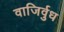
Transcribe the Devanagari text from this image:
वाजिर्वुध